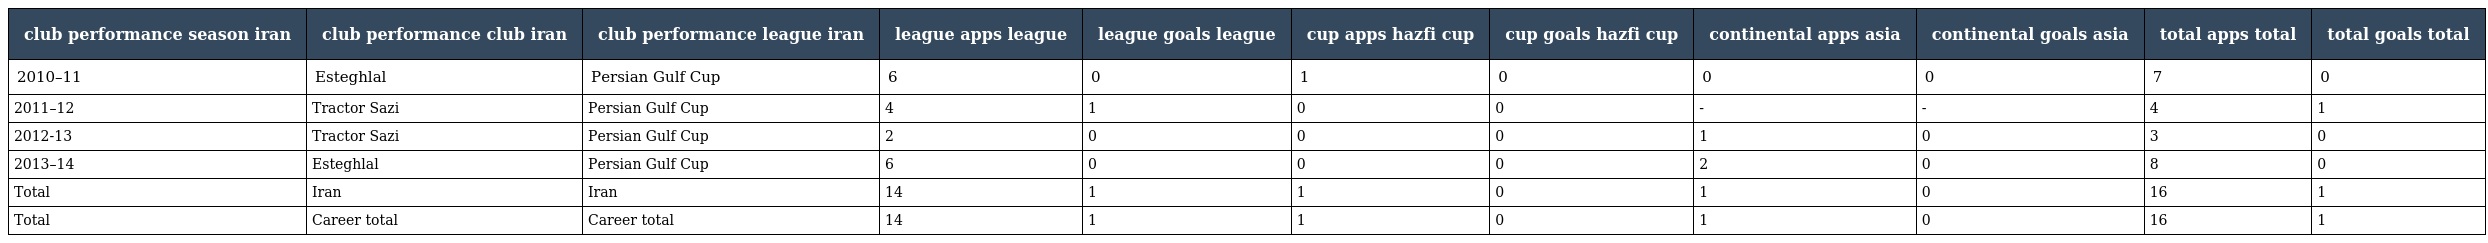
| club performance season iran | club performance club iran | club performance league iran | league apps league | league goals league | cup apps hazfi cup | cup goals hazfi cup | continental apps asia | continental goals asia | total apps total | total goals total |
 | --- | --- | --- | --- | --- | --- | --- | --- | --- | --- | --- |
 | 2010–11 | Esteghlal | Persian Gulf Cup | 6 | 0 | 1 | 0 | 0 | 0 | 7 | 0 |
 | 2011–12 | Tractor Sazi | Persian Gulf Cup | 4 | 1 | 0 | 0 | - | - | 4 | 1 |
 | 2012-13 | Tractor Sazi | Persian Gulf Cup | 2 | 0 | 0 | 0 | 1 | 0 | 3 | 0 |
 | 2013–14 | Esteghlal | Persian Gulf Cup | 6 | 0 | 0 | 0 | 2 | 0 | 8 | 0 |
 | Total | Iran | Iran | 14 | 1 | 1 | 0 | 1 | 0 | 16 | 1 |
 | Total | Career total | Career total | 14 | 1 | 1 | 0 | 1 | 0 | 16 | 1 |